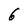
Character: 6